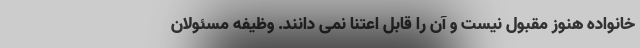
خانواده هنوز مقبول نیست و آن را قابل اعتنا نمی دانند. وظیفه مسئولان